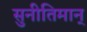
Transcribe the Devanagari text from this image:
सुनीतिमान्‌